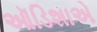
ઑડિશાએ